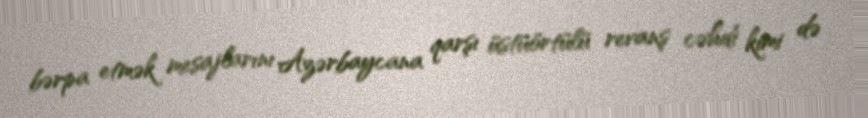
bərpa etmək mesajlarını Azərbaycana qarşı üstüörtülü revanş cəhdi kimi də